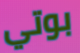
بوتي